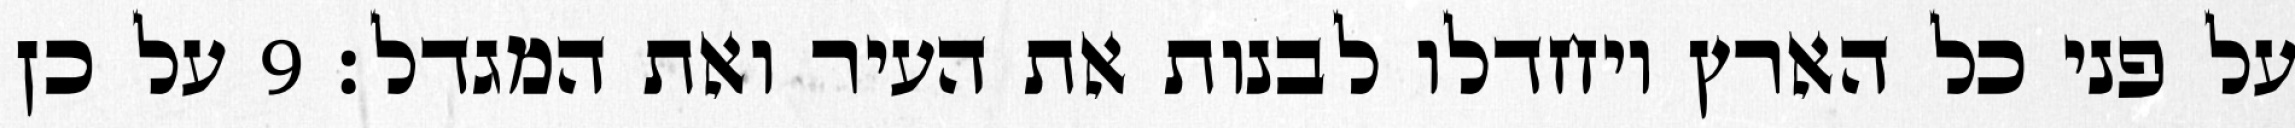
על פני כל הארץ ויחדלו לבנות את העיר ואת המגדל׃ ‎9‏ על כן